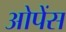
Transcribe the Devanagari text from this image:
ओपेंस